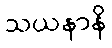
သယနာနိ